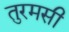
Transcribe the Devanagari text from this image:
तुरमसी